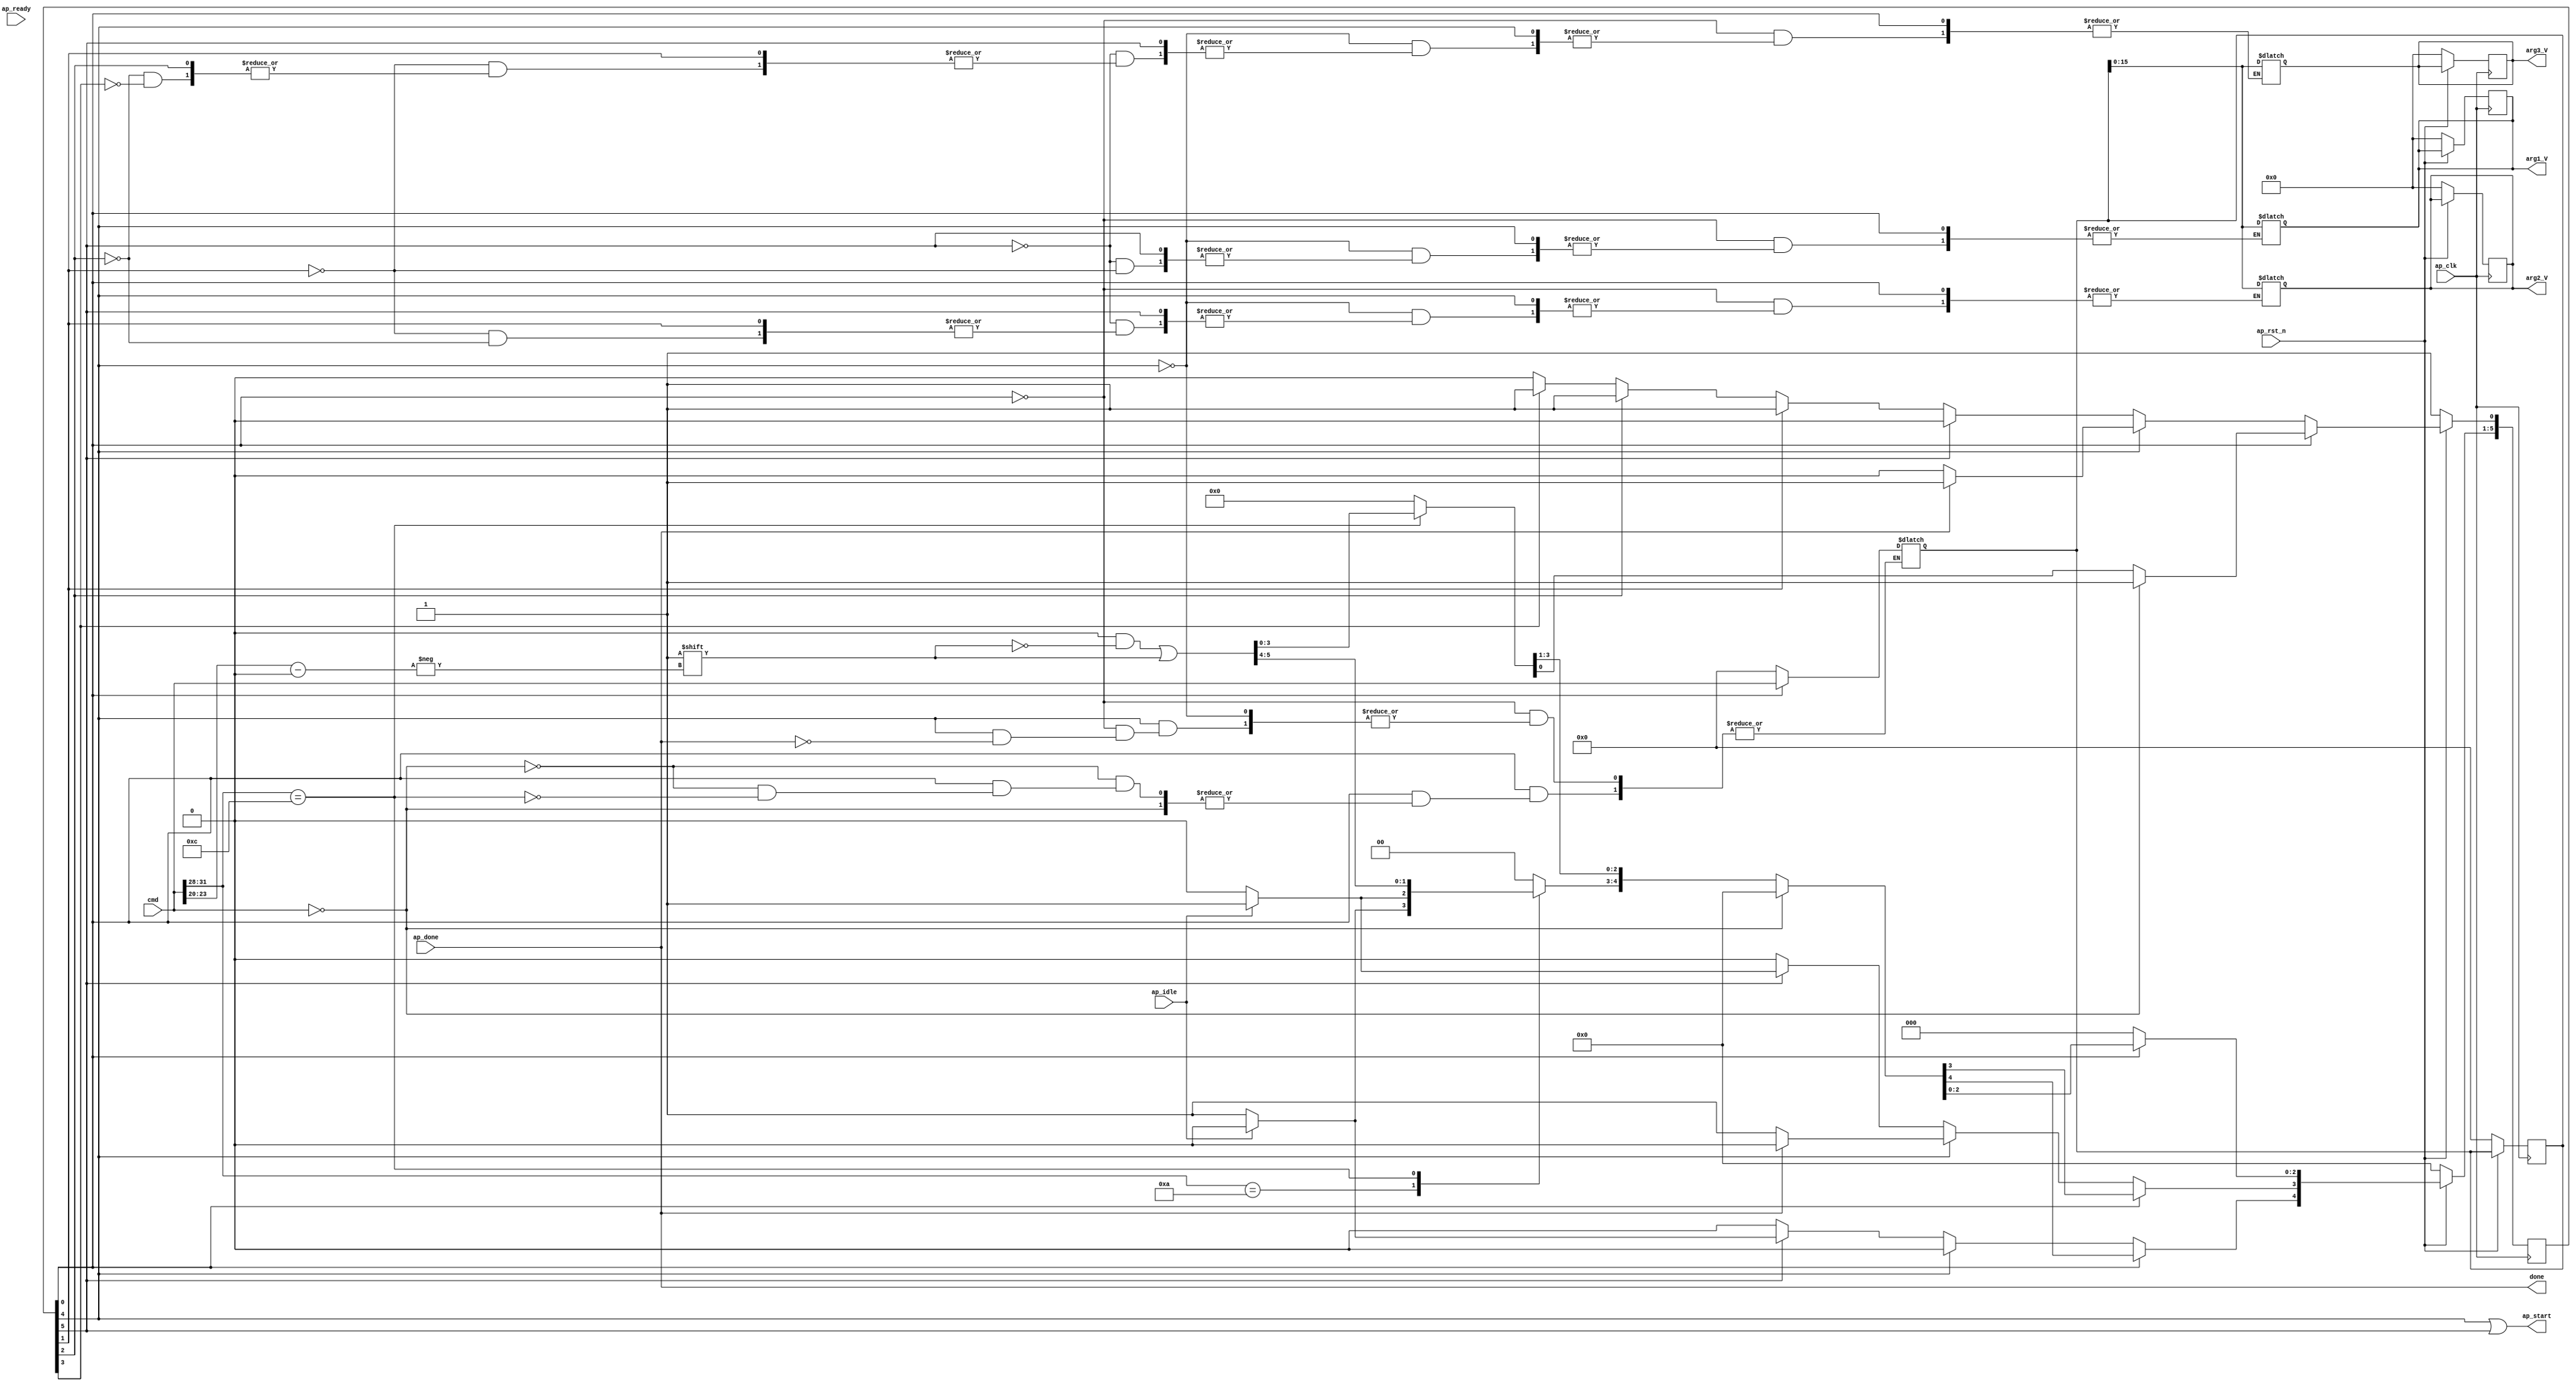
`timescale 1ns / 1ps

module jit_token(
  input  wire  [31 : 0]  cmd      ,
  output wire            done     ,
  input  wire            ap_done  ,
  input  wire            ap_idle  ,
  input  wire            ap_ready ,

  output wire            ap_start ,
  output wire  [15 : 0]  arg1_V   ,
  output wire  [15 : 0]  arg2_V   ,
  output wire  [15 : 0]  arg3_V   ,

  input  wire            ap_clk   ,
  input  wire            ap_rst_n
);

  parameter [5:0] FETCH = 0, // 1
                  ARG1  = 1, // 2
                  ARG2  = 2, // 4
                  ARG3  = 3, // 8
                  START = 4, // 16
                  IDLE  = 5; // 32
  reg       [5:0] state, next;
  reg  [31 : 0]   rcmd   ;
  reg  [15 : 0]   rarg1_V;
  reg  [15 : 0]   rarg2_V;
  reg  [15 : 0]   rarg3_V;

  assign done     = ap_done ;
  assign ap_start = ((state[START] == 1'b1) || (state[IDLE] == 1'b1));
  // ---------------------------------------------------------------------------
  assign arg1_V   = rarg1_V;
  // always @(posedge ap_clk) begin
  //   if (!ap_rst_n) begin
  //     rarg1_V <= 15'd0;
  //   end
  //   else begin
  //     if (state[ARG1]) rarg1_V <= rcmd[15:0];
  //     else             rarg1_V <= rarg1_V;
  //   end
  // end
  // // ---------------------------------------------------------------------------
  assign arg2_V   = rarg2_V;
  // always @(posedge ap_clk) begin
  //   if (!ap_rst_n) begin
  //     rarg2_V <= 15'd0;
  //   end
  //   else begin
  //     if (state[ARG2]) rarg2_V <= rcmd[15:0];
  //     else             rarg2_V <= rarg2_V;
  //   end
  // end
  // // ---------------------------------------------------------------------------
  assign arg3_V   = rarg3_V;
  // always @(posedge ap_clk) begin
  //   if (!ap_rst_n) begin
  //     rarg3_V <= 15'd0;
  //   end
  //   else begin
  //     if (state[ARG3]) rarg3_V <= rcmd[15:0];
  //     else             rarg3_V <= rarg3_V;
  //   end
  // end
  // ---------------------------------------------------------------------------
  always @(posedge ap_clk) begin
    if (!ap_rst_n) begin
      state        <= 5'b0;
      state[FETCH] <= 1'b1;
      rcmd         <= 32'd0;
      rarg1_V      <= 16'd0;
      rarg2_V      <= 16'd0;
      rarg3_V      <= 16'd0;
    end
    else state     <= next;
  end

  always @(*) begin
    next = 5'b0;

    case (1'b1)
      state[FETCH] : begin
        if (!cmd)  next[FETCH] = 1'b1;
        else begin
          case (cmd[31:28])
            4'hA : begin //Go Command
              if (ap_idle) begin
                next[START]    = 1'b1;
              end
              else begin
                next[IDLE]     = 1'b1;
              end
            end

            4'hB : begin // Configue Switch
            // Not gona happend
            end

            4'hC : begin // setup Args
              rcmd             = cmd ;
              next[cmd[23:20]] = 1'b1;
            end
          endcase
        end
      end

      state[START] : begin
        if (!ap_done) next[START] = 1'b1;
        else begin
          rcmd        = 32'd0;
          next[FETCH] = 1'b1;
        end
      end

      state[IDLE] : begin
        if (ap_idle)  next[START] = 1'b1;
        else          next[IDLE]  = 1'b1;
      end

      state[ARG1] : begin
        rarg1_V = rcmd[15:0];
        next[FETCH] = 1'b1;
      end

      state[ARG2] : begin
        rarg2_V = rcmd[15:0];
        next[FETCH] = 1'b1;
      end

      state[ARG3] : begin
        rarg3_V = rcmd[15:0];
        next[FETCH] = 1'b1;
      end

    endcase
  end

endmodule